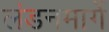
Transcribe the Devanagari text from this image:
लंडनमार्गे